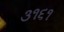
૩૧૬૧